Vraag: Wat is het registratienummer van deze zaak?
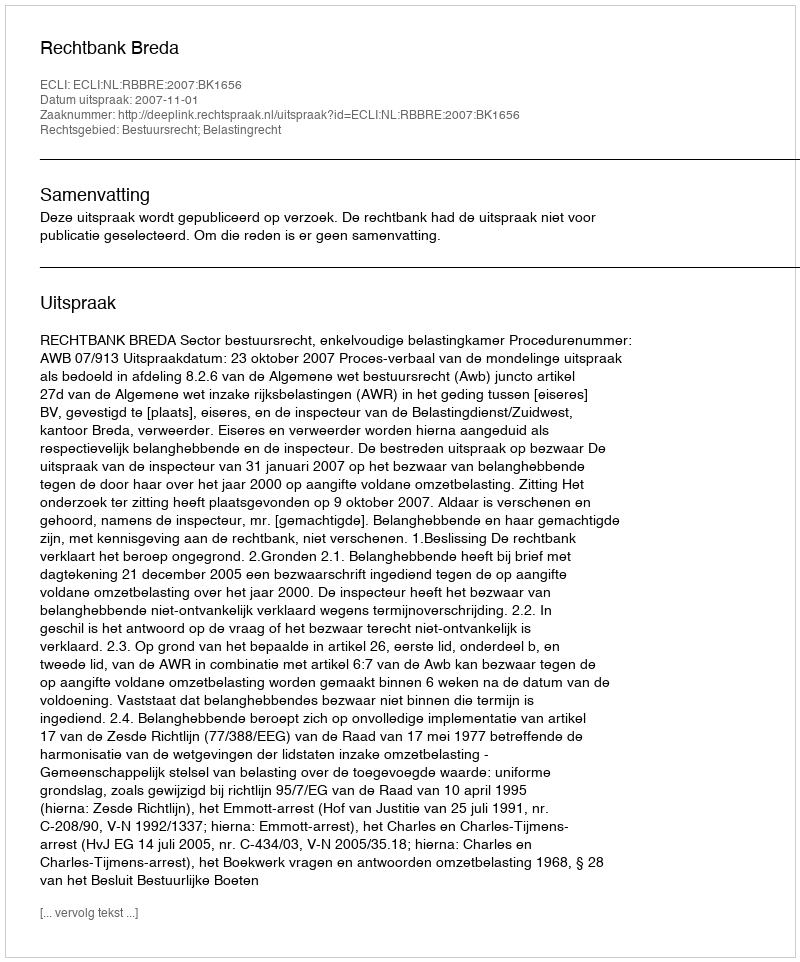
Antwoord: http://deeplink.rechtspraak.nl/uitspraak?id=ECLI:NL:RBBRE:2007:BK1656